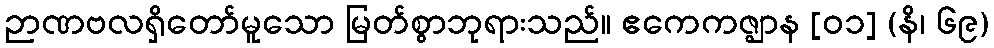
ဉာဏဗလရှိတော်မူသော မြတ်စွာဘုရားသည်။ ဧကေကဇ္ဈာန [၀၁] (နိ၊ ၆၉)